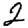
Digit: 2